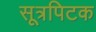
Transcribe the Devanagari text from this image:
सूत्रपिटक